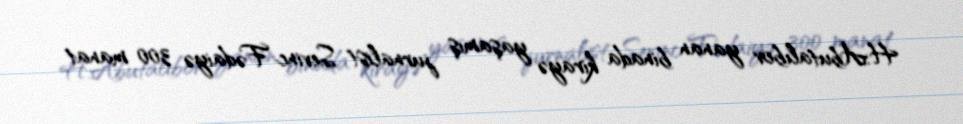
H.Abutalıbov yanan binada kirayə yaşamış jurnalist Sevinc Fədaiyə 300 manat